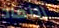
النفاذ